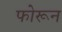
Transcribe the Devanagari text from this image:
फोरून